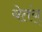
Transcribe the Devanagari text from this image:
येतंय्